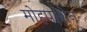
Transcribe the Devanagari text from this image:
मोहपाशेन